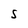
Character: S